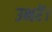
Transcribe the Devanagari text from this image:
उभरें।